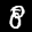
Label: 8